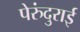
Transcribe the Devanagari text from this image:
पेरुंदुराई